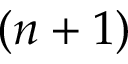
( n + 1 )